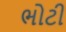
ભોટી